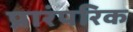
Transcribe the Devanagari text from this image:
प्रारंपरिक